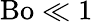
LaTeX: \mathrm{Bo}\ll 1